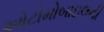
ઓટોમોબાઇલની